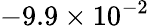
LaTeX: -9.9\times 10^{-2}